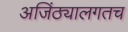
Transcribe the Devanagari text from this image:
अजिंठ्यालगतच